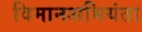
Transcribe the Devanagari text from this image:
विमानअभियंता